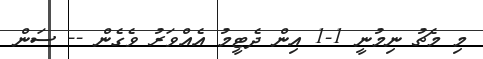
މި މެޗު ނިމުނީ 1-1 އިން ދެޓީމު އެއްވަރު ވެގެން -- ސަން